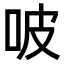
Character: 𠱀